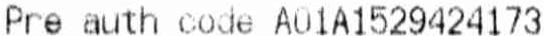
PRE AUTH CODE A01A1529424173